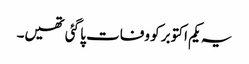
یہ یکم اکتوبر کو وفات پا گئی تھیں۔